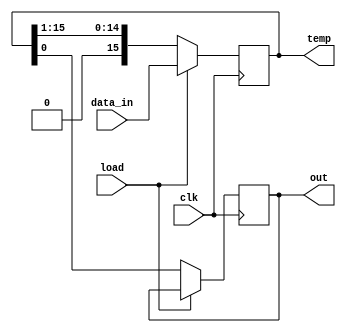
`timescale 1ns / 1ps
//////////////////////////////////////////////////////////////////////////////////
// Group:21
// Members:  Debanjan Saha [19CS30014], Pritkumar Godhani [19CS10048]
//  
// Module Name: Right Shift Register [auxiliary module]
// Project Name: Assignment-5 Question 2
//
//////////////////////////////////////////////////////////////////////////////////
module ShiftRegRight(out, temp, data_in, clk, load);
	input clk, load;
	input [15:0] data_in;
	output reg out;
	output reg [15:0] temp;
	
	always @ (posedge clk) begin
		if(load)
			temp <= data_in;
		else begin
			out <= temp[0];
			temp <= {1'b0, temp[15:1]};
			end
	end

endmodule